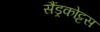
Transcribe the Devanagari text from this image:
सैंड्रकोट्टस